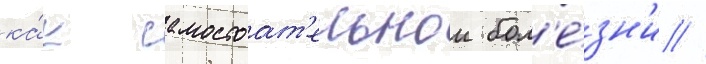
ка́к самостоат'ельнои бол'е́зн'и //